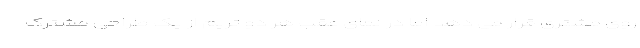
روی مشتری قرار می دهد اما در نمای عقب هر دو تریم از یک طراحی مشترک